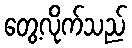
တွေ့လိုက်သည်